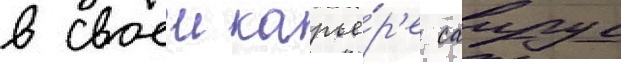
в своеи карье́р'е саирус